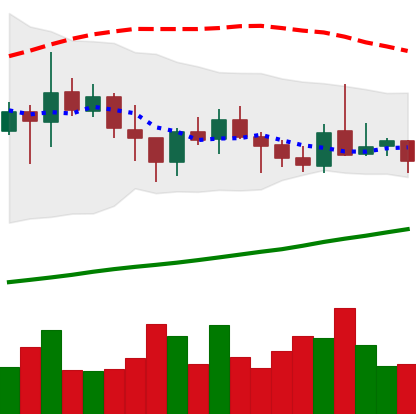
Ticker: ADA-USD
Chart end date: 2021-10-24
Forward return: -5.239%
Label: down_5_7